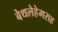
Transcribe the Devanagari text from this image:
बेथलेहेमसह